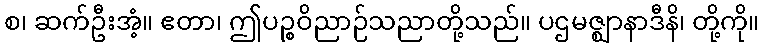
စ၊ ဆက်ဦးအံ့။ ဧတာ၊ ဤပဉ္စဝိညာဉ်သညာတို့သည်။ ပဌမဇ္ဈာနာဒီနိ၊ တို့ကို။